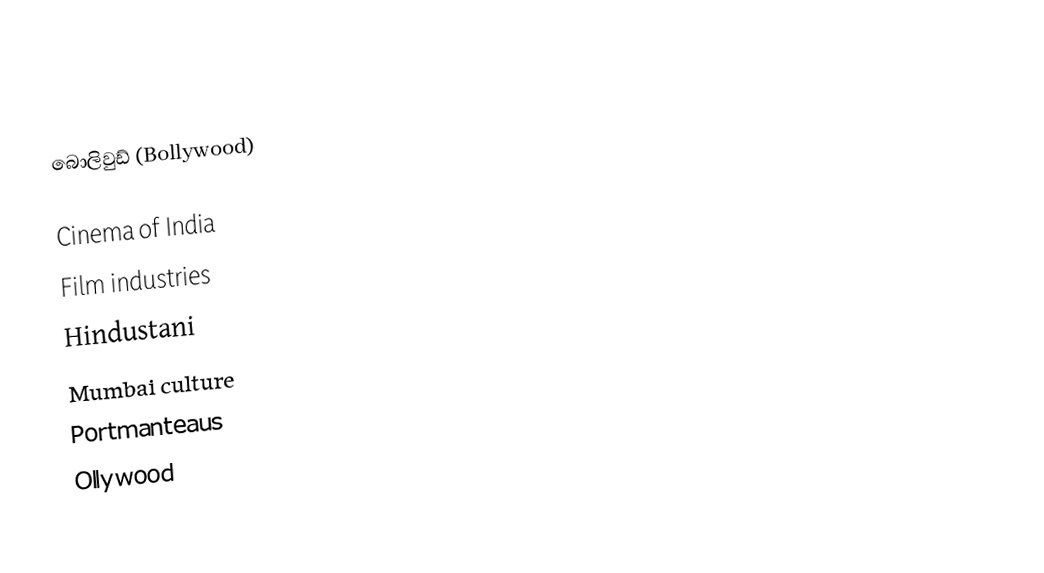
බොලිවුඩ් (Bollywood)

Cinema of India
Film industries
Hindustani
Mumbai culture
Portmanteaus
Ollywood